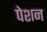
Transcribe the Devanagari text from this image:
पेशन